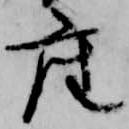
座